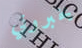
يخبروني